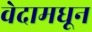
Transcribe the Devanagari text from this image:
वेदामधून